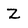
Character: Z